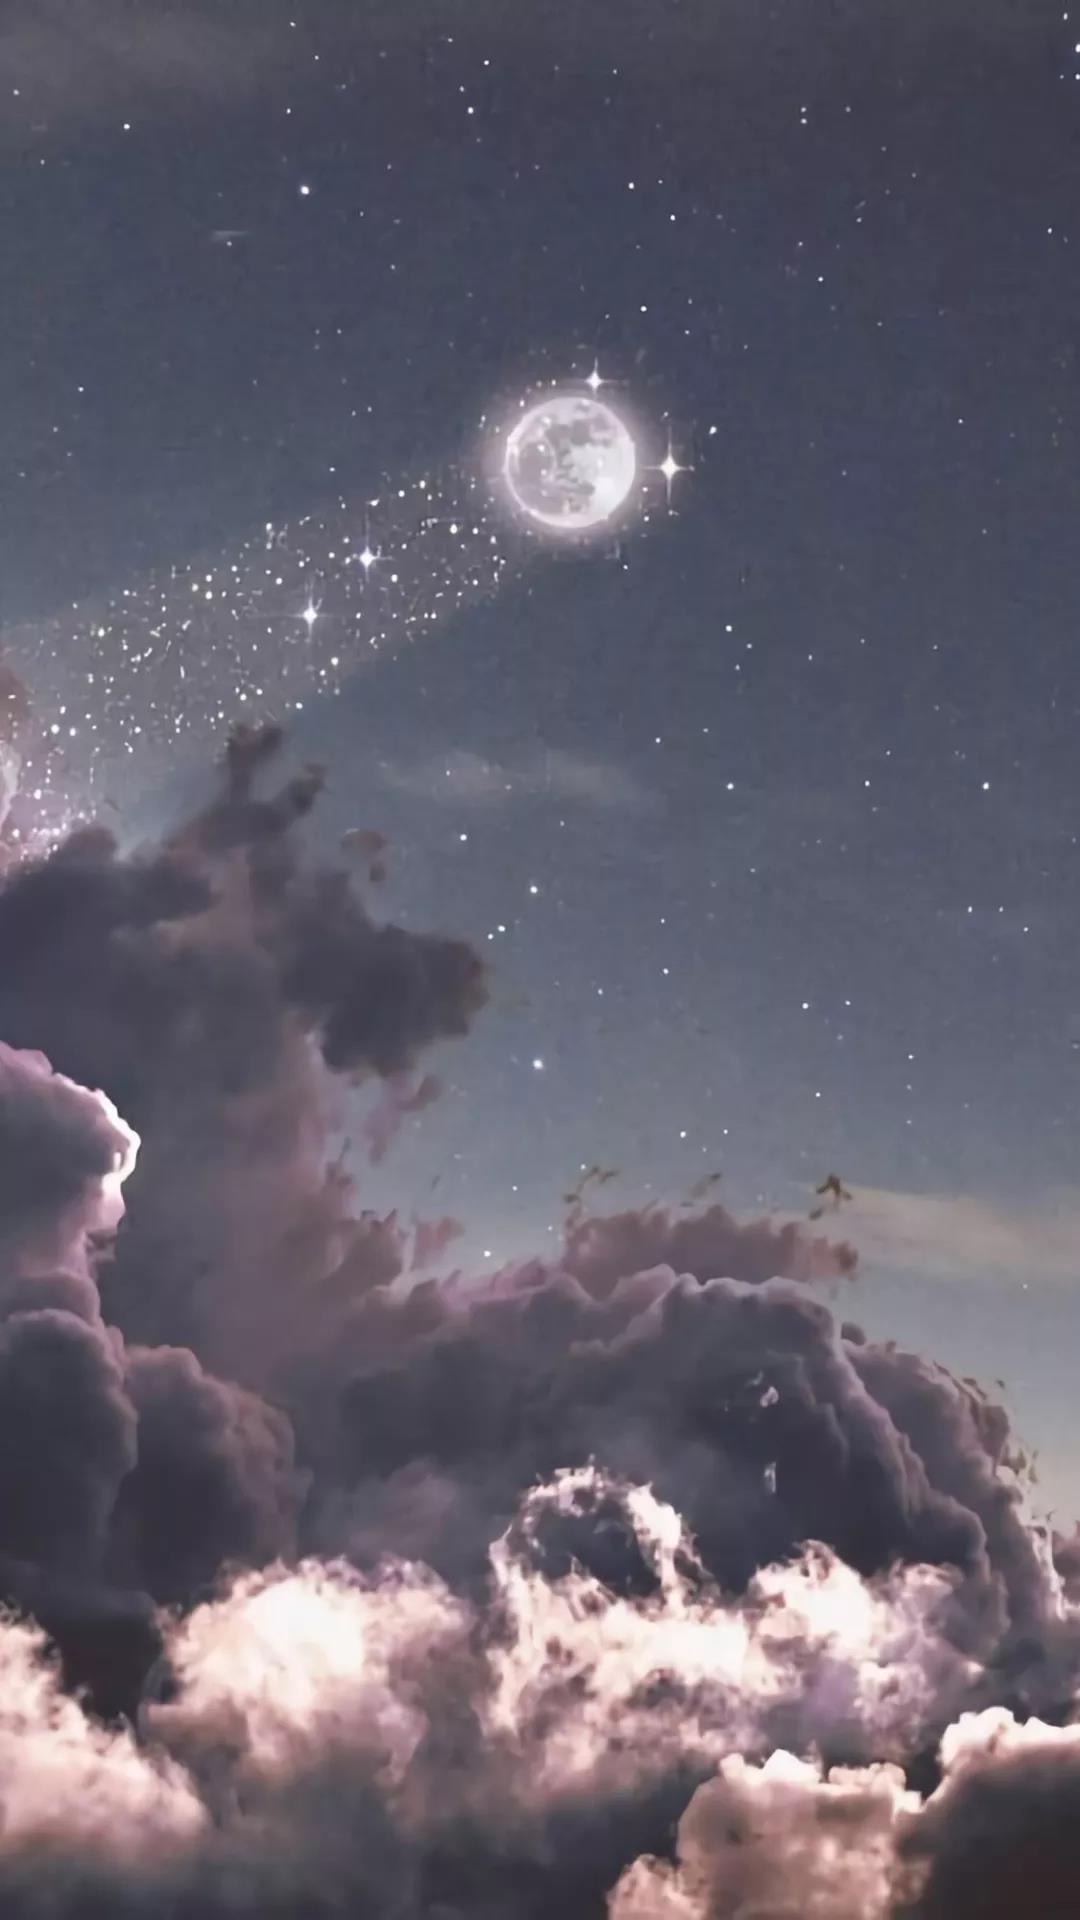
片云天共远，永夜月同孤。